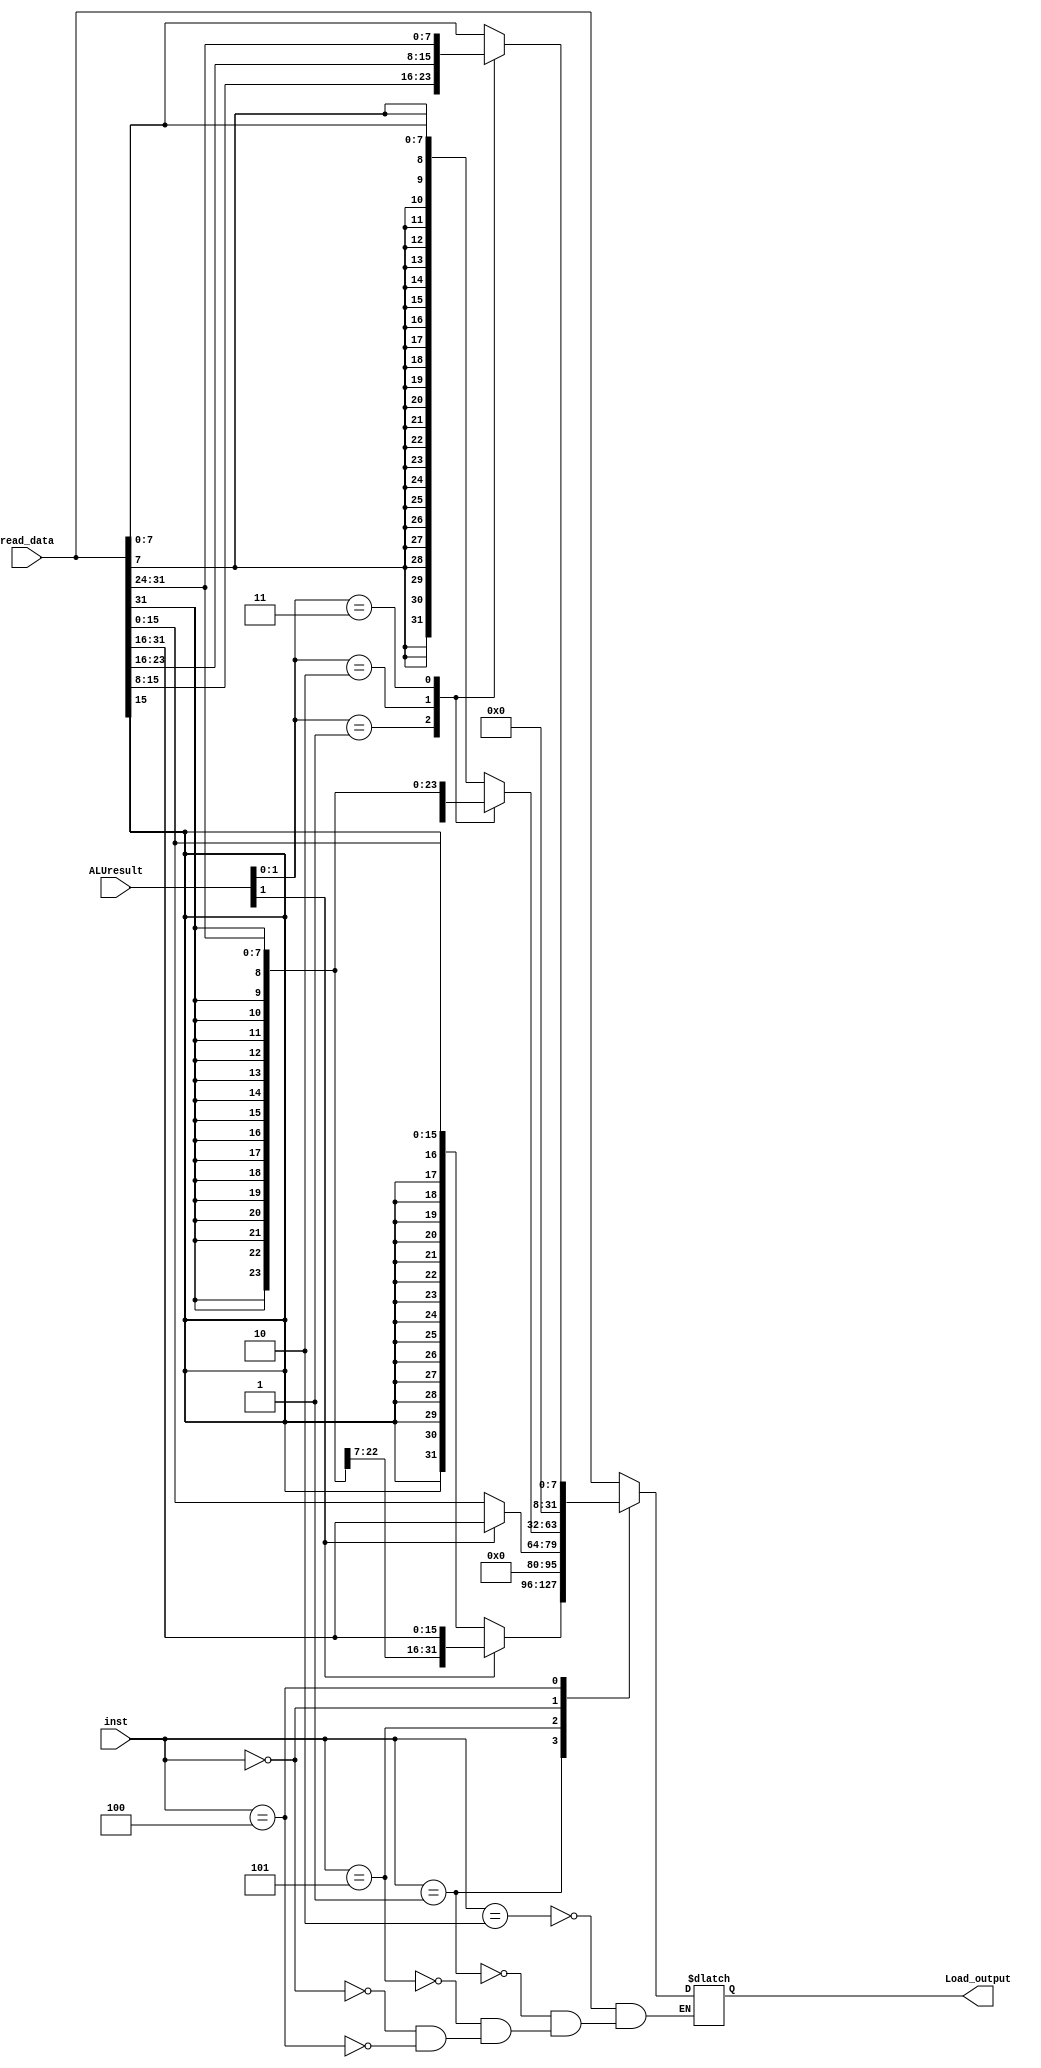
module load_control(
    input [31:0] read_data,
    output [31:0] Load_output,
    input [2:0] inst,
    input [31:0] ALUresult
);
reg Load_output;
always @(*) begin
    case(inst)
    3'b010:Load_output=read_data;
    3'b001:begin
        if(ALUresult[1]) begin
            Load_output={{16{read_data[31]}},read_data[31:16]};
        end
        else begin
            Load_output={{16{read_data[15]}},read_data[15:0]};
        end
    end
    3'b101:begin
        if(ALUresult[1]) begin
            Load_output={{16{1'b0}},read_data[31:16]};
        end
        else begin
            Load_output={{16{1'b0}},read_data[15:0]};
        end
    end
    3'b000: begin
        case(ALUresult[1:0])
        2'b00:Load_output={{24{read_data[7]}},read_data[7:0]};
        2'b01:Load_output={{24{read_data[15]}},read_data[15:8]};
        2'b10:Load_output={{24{read_data[23]}},read_data[23:16]};
        2'b11:Load_output={{24{read_data[31]}},read_data[31:24]};
        endcase
    end
    3'b100:begin
        case(ALUresult[1:0])
        2'b00:Load_output={{24{1'b0}},read_data[7:0]};
        2'b01:Load_output={{24{1'b0}},read_data[15:8]};
        2'b10:Load_output={{24{1'b0}},read_data[23:16]};
        2'b11:Load_output={{24{1'b0}},read_data[31:24]};
        endcase
    end
    endcase
end
endmodule